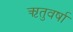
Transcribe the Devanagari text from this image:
ऋतुवर्षा